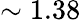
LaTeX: \sim 1.38